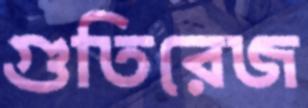
গুতিরেজ